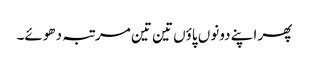
پھر اپنے دونوں پاؤں تین تین مرتبہ دھوئے۔